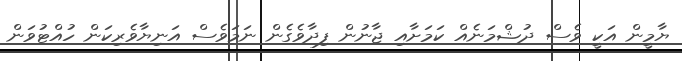
ޔާމީން އަކީ ވެސް ދުޝްމަނެއް ކަމަށާއި ޖާނުން ފިދާވެގެން ނަމަވެސް އަނިޔާވެރިކަން ހުއްޓުވަން